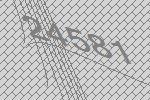
24581